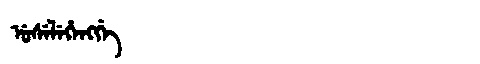
Manchu: ᡠᠰᡝᠯᡝᡥᡝᠩᡤᡝ
Romanization: USELEHENGGE